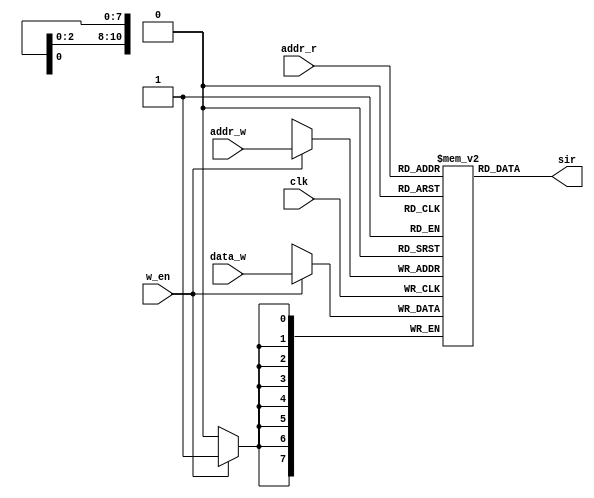
`timescale 1ns / 1ps
//////////////////////////////////////////////////////////////////////////////////
// Company: 
// Engineer: 
// 
// Design Name: 
// Module Name: RAM2k
// Project Name: 
// Target Devices: 
// Tool Versions: 
// Description: 
// 
// Dependencies: 
// 
// Revision:
// Revision 0.01 - File Created
// Additional Comments:
// 
//////////////////////////////////////////////////////////////////////////////////


module RAM2k(output[7:0] sir,
             input w_en,clk,
             input[10:0] addr_w, addr_r,
             input[7:0] data_w    );
             
     reg [7:0] memory[0:2047];
     
     always @(posedge clk)
     if(w_en)
        memory[addr_w]=data_w;
        
      assign sir=memory[addr_r];          
endmodule